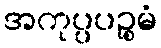
အကုပ္ပပဉ္စမံ